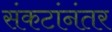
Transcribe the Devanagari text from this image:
संकटांनंतर